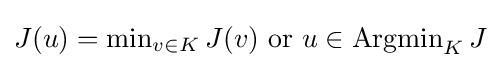
J(u)=\operatorname {min} _{v\in K}J(v){\text{ or }}u\in \operatorname {Argmin} _{K}J